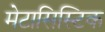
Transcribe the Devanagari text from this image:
मेटासिस्टिक